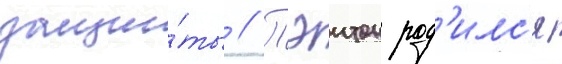
защи́ты // Пэитон род'илс'я